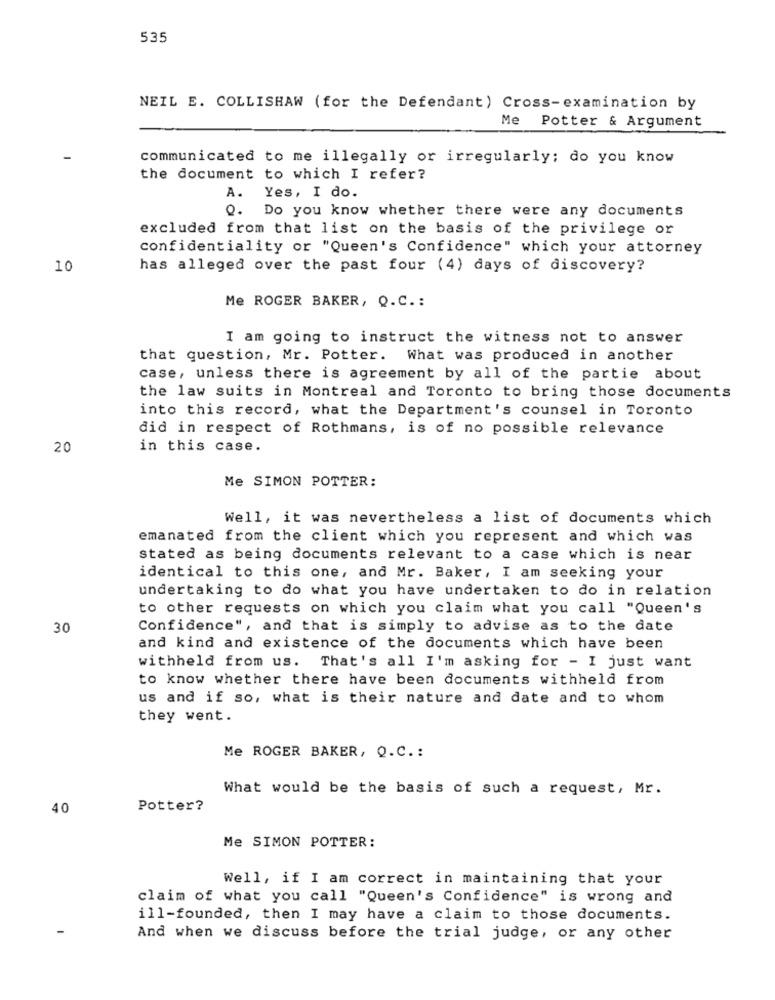
535
NEIL E. COLLISHAW (for the Defendant) Cross-examination by
Me Potter & Argument
communicated to me illegally or irregularly; do you know
the document to which I refer?
A. Yes, I do.
Q. Do you know whether there were any documents
excluded from that list on the basis of the privilege or
confidentiality or "Queen's Confidence" which your attorney
10
has alleged over the past four (4) days of discovery?
Me ROGER BAKER, Q.C .:
I am going to instruct the witness not to answer
that question, Mr. Potter. What was produced in another
case, unless there is agreement by all of the partie about
the law suits in Montreal and Toronto to bring those documents
into this record, what the Department's counsel in Toronto
did in respect of Rothmans, is of no possible relevance
20
in this case.
Me SIMON POTTER:
Well, it was nevertheless a list of documents which
emanated from the client which you represent and which was
stated as being documents relevant to a case which is near
identical to this one, and Mr. Baker, I am seeking your
undertaking to do what you have undertaken to do in relation
to other requests on which you claim what you call "Queen's
30
Confidence", and that is simply to advise as to the date
and kind and existence of the documents which have been
withheld from us. That's all I'm asking for - I just want
to know whether there have been documents withheld from
us and if so, what is their nature and date and to whom
they went.
Me ROGER BAKER, Q.C. :
What would be the basis of such a request, Mr.
40
Potter?
Me SIMON POTTER:
Well, if I am correct in maintaining that your
claim of what you call "Queen's Confidence" is wrong and
ill-founded, then I may have a claim to those documents.
And when we discuss before the trial judge, or any other